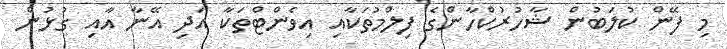
މި ފޭން ކުލަބުން ޝާހުރުކްހާންގެ ފިލްމުތަކާއި އިވެންޓްތަކާ އަދި އޭނާ އާއި ގުޅުން